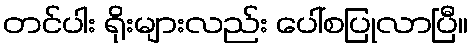
တင်ပါး ရိုးများလည်း ပေါ်စပြုလာပြီ။